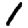
Digit: 1